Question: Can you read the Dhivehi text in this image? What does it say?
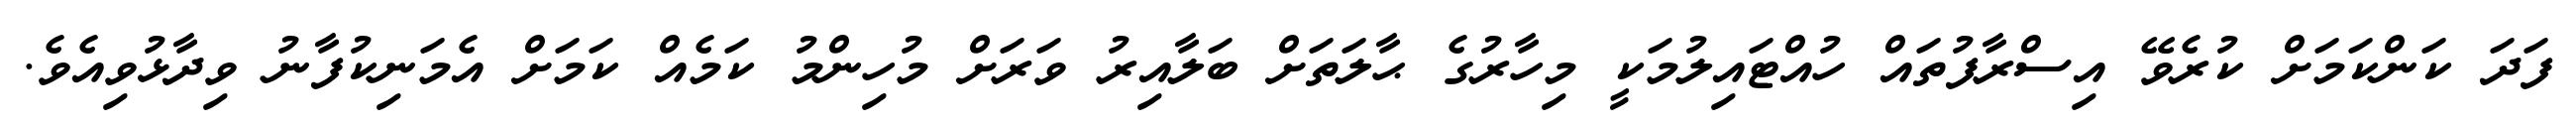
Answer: ފަދަ ކަންކަމަށް ކުރެވޭ އިސްރާފުތައް ހުއްޓައިލުމަކީ މިހާރުގެ ޙާލަތަށް ބަލާއިރު ވަރަށް މުހިންމު ކަމެއް ކަމަށް އެމަނިކުފާނު ވިދާޅުވިއެވެ.